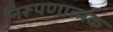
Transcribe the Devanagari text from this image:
निरूपणात्मक